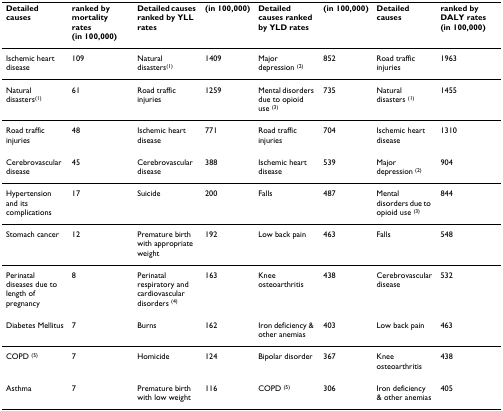
<table><thead><tr><td><b>Detailed causes</b></td><td><b>ranked by mortality rates (in 100,000)</b></td><td><b>Detailed causes ranked by YLL rates</b></td><td><b>(in 100,000)</b></td><td><b>Detailed causes ranked by YLD rates</b></td><td><b>(in 100,000)</b></td><td><b>Detailed causes</b></td><td><b>ranked by DALY rates (in 100,000)</b></td></tr></thead><tbody><tr><td>Ischemic heart disease</td><td>109</td><td>Natural disasters<sup>(1)</sup></td><td>1409</td><td>Major depression <sup>(2)</sup></td><td>852</td><td>Road traffic injuries</td><td>1963</td></tr><tr><td>Natural disasters<sup>(1)</sup></td><td>61</td><td>Road traffic injuries</td><td>1259</td><td>Mental disorders due to opioid use <sup>(3)</sup></td><td>735</td><td>Natural disasters <sup>(1)</sup></td><td>1455</td></tr><tr><td>Road traffic injuries</td><td>48</td><td>Ischemic heart disease</td><td>771</td><td>Road traffic injuries</td><td>704</td><td>Ischemic heart disease</td><td>1310</td></tr><tr><td>Cerebrovascular disease</td><td>45</td><td>Cerebrovascular disease</td><td>388</td><td>Ischemic heart disease</td><td>539</td><td>Major depression <sup>(2)</sup></td><td>904</td></tr><tr><td>Hypertensionand its complications</td><td>17</td><td>Suicide</td><td>200</td><td>Falls</td><td>487</td><td>Mental disorders due to opioid use <sup>(3)</sup></td><td>844</td></tr><tr><td>Stomach cancer</td><td>12</td><td>Premature birth with appropriate weight</td><td>192</td><td>Low back pain</td><td>463</td><td>Falls</td><td>548</td></tr><tr><td>Perinatal diseases due to length of pregnancy</td><td>8</td><td>Perinatal respiratory and cardiovascular disorders <sup>(4)</sup></td><td>163</td><td>Knee osteoarthritis</td><td>438</td><td>Cerebrovascular disease</td><td>532</td></tr><tr><td>Diabetes Mellitus</td><td>7</td><td>Burns</td><td>162</td><td>Iron deficiency &amp; other anemias</td><td>403</td><td>Low back pain</td><td>463</td></tr><tr><td>COPD <sup>(5)</sup></td><td>7</td><td>Homicide</td><td>124</td><td>Bipolar disorder</td><td>367</td><td>Knee osteoarthritis</td><td>438</td></tr><tr><td>Asthma</td><td>7</td><td>Premature birth with low weight</td><td>116</td><td>COPD <sup>(5)</sup></td><td>306</td><td>Iron deficiency &amp; other anemias</td><td>405</td></tr></tbody></table>